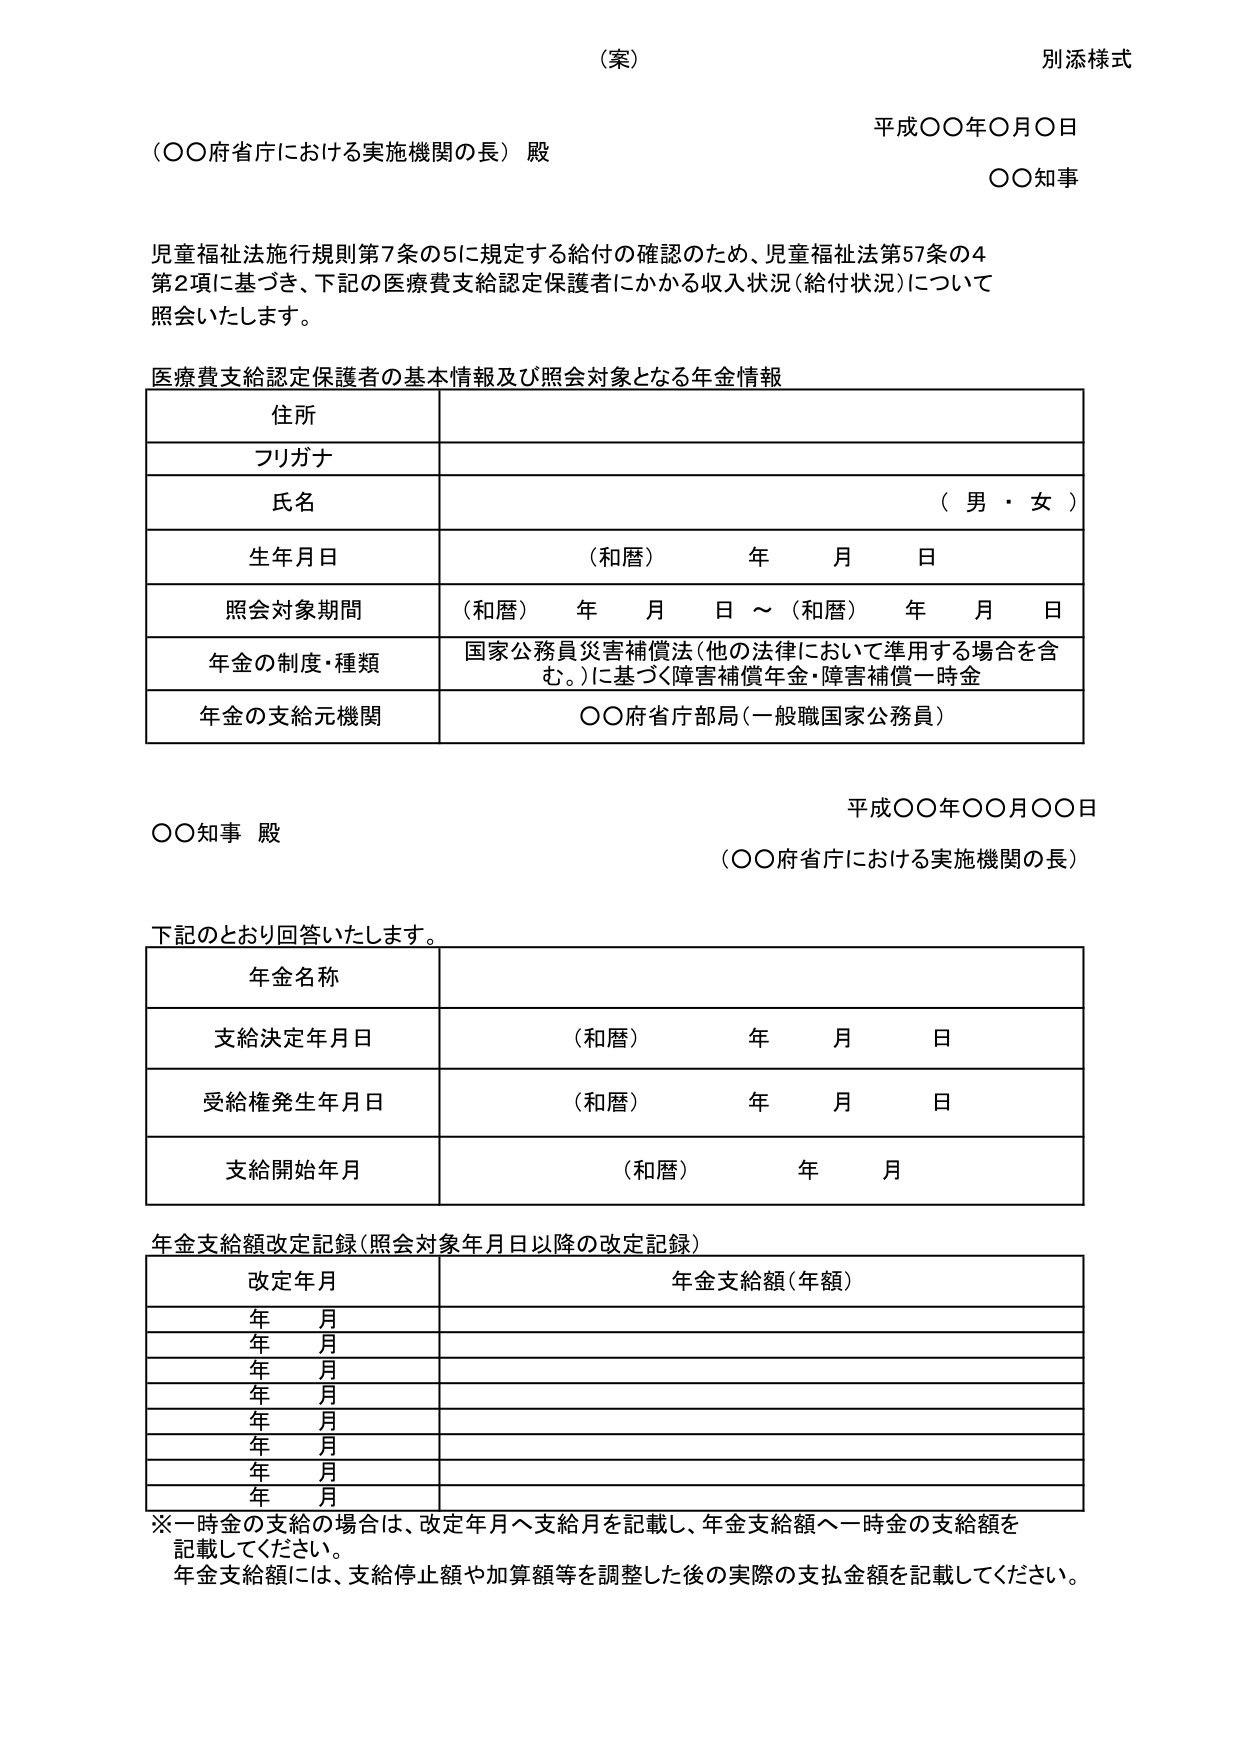
（案）
別添様式

平成〇〇年〇月〇日
（〇〇府省庁における実施機関の長） 殿
〇〇知事

児童福祉法施行規則第7条の5に規定する給付の確認のため、児童福祉法第57条の4
第2項に基づき、下記の医療費支給認定保護者にかかる収入状況（給付状況）について
照会いたします。

医療費支給認定保護者の基本情報及び照会対象となる年金情報

住所
フリガナ
氏名 （男・女）
生年月日 （和暦） 年 月 日
照会対象期間 （和暦） 年 月 日 ～ （和暦） 年 月 日
年金の制度・種類 国家公務員災害補償法（他の法律において準用する場合を含む。）に基づく障害補償年金・障害補償一時金
年金の支給元機関 〇〇府省庁部局（一般職国家公務員）

平成〇〇年〇〇月〇〇日
〇〇知事 殿
（〇〇府省庁における実施機関の長）

下記のとおり回答いたします。

年金名称
支給決定年月日 （和暦） 年 月 日
受給権発生年月日 （和暦） 年 月 日
支給開始年月 （和暦） 年 月

年金支給額改定記録（照会対象年月日以降の改定記録）

改定年月 年金支給額（年額）
年 月
年 月
年 月
年 月
年 月
年 月
年 月
年 月

※一時金の支給の場合は、改定年月へ支給月を記載し、年金支給額へ一時金の支給額を記載してください。
年金支給額には、支給停止額や加算額等を調整した後の実際の支払金額を記載してください。